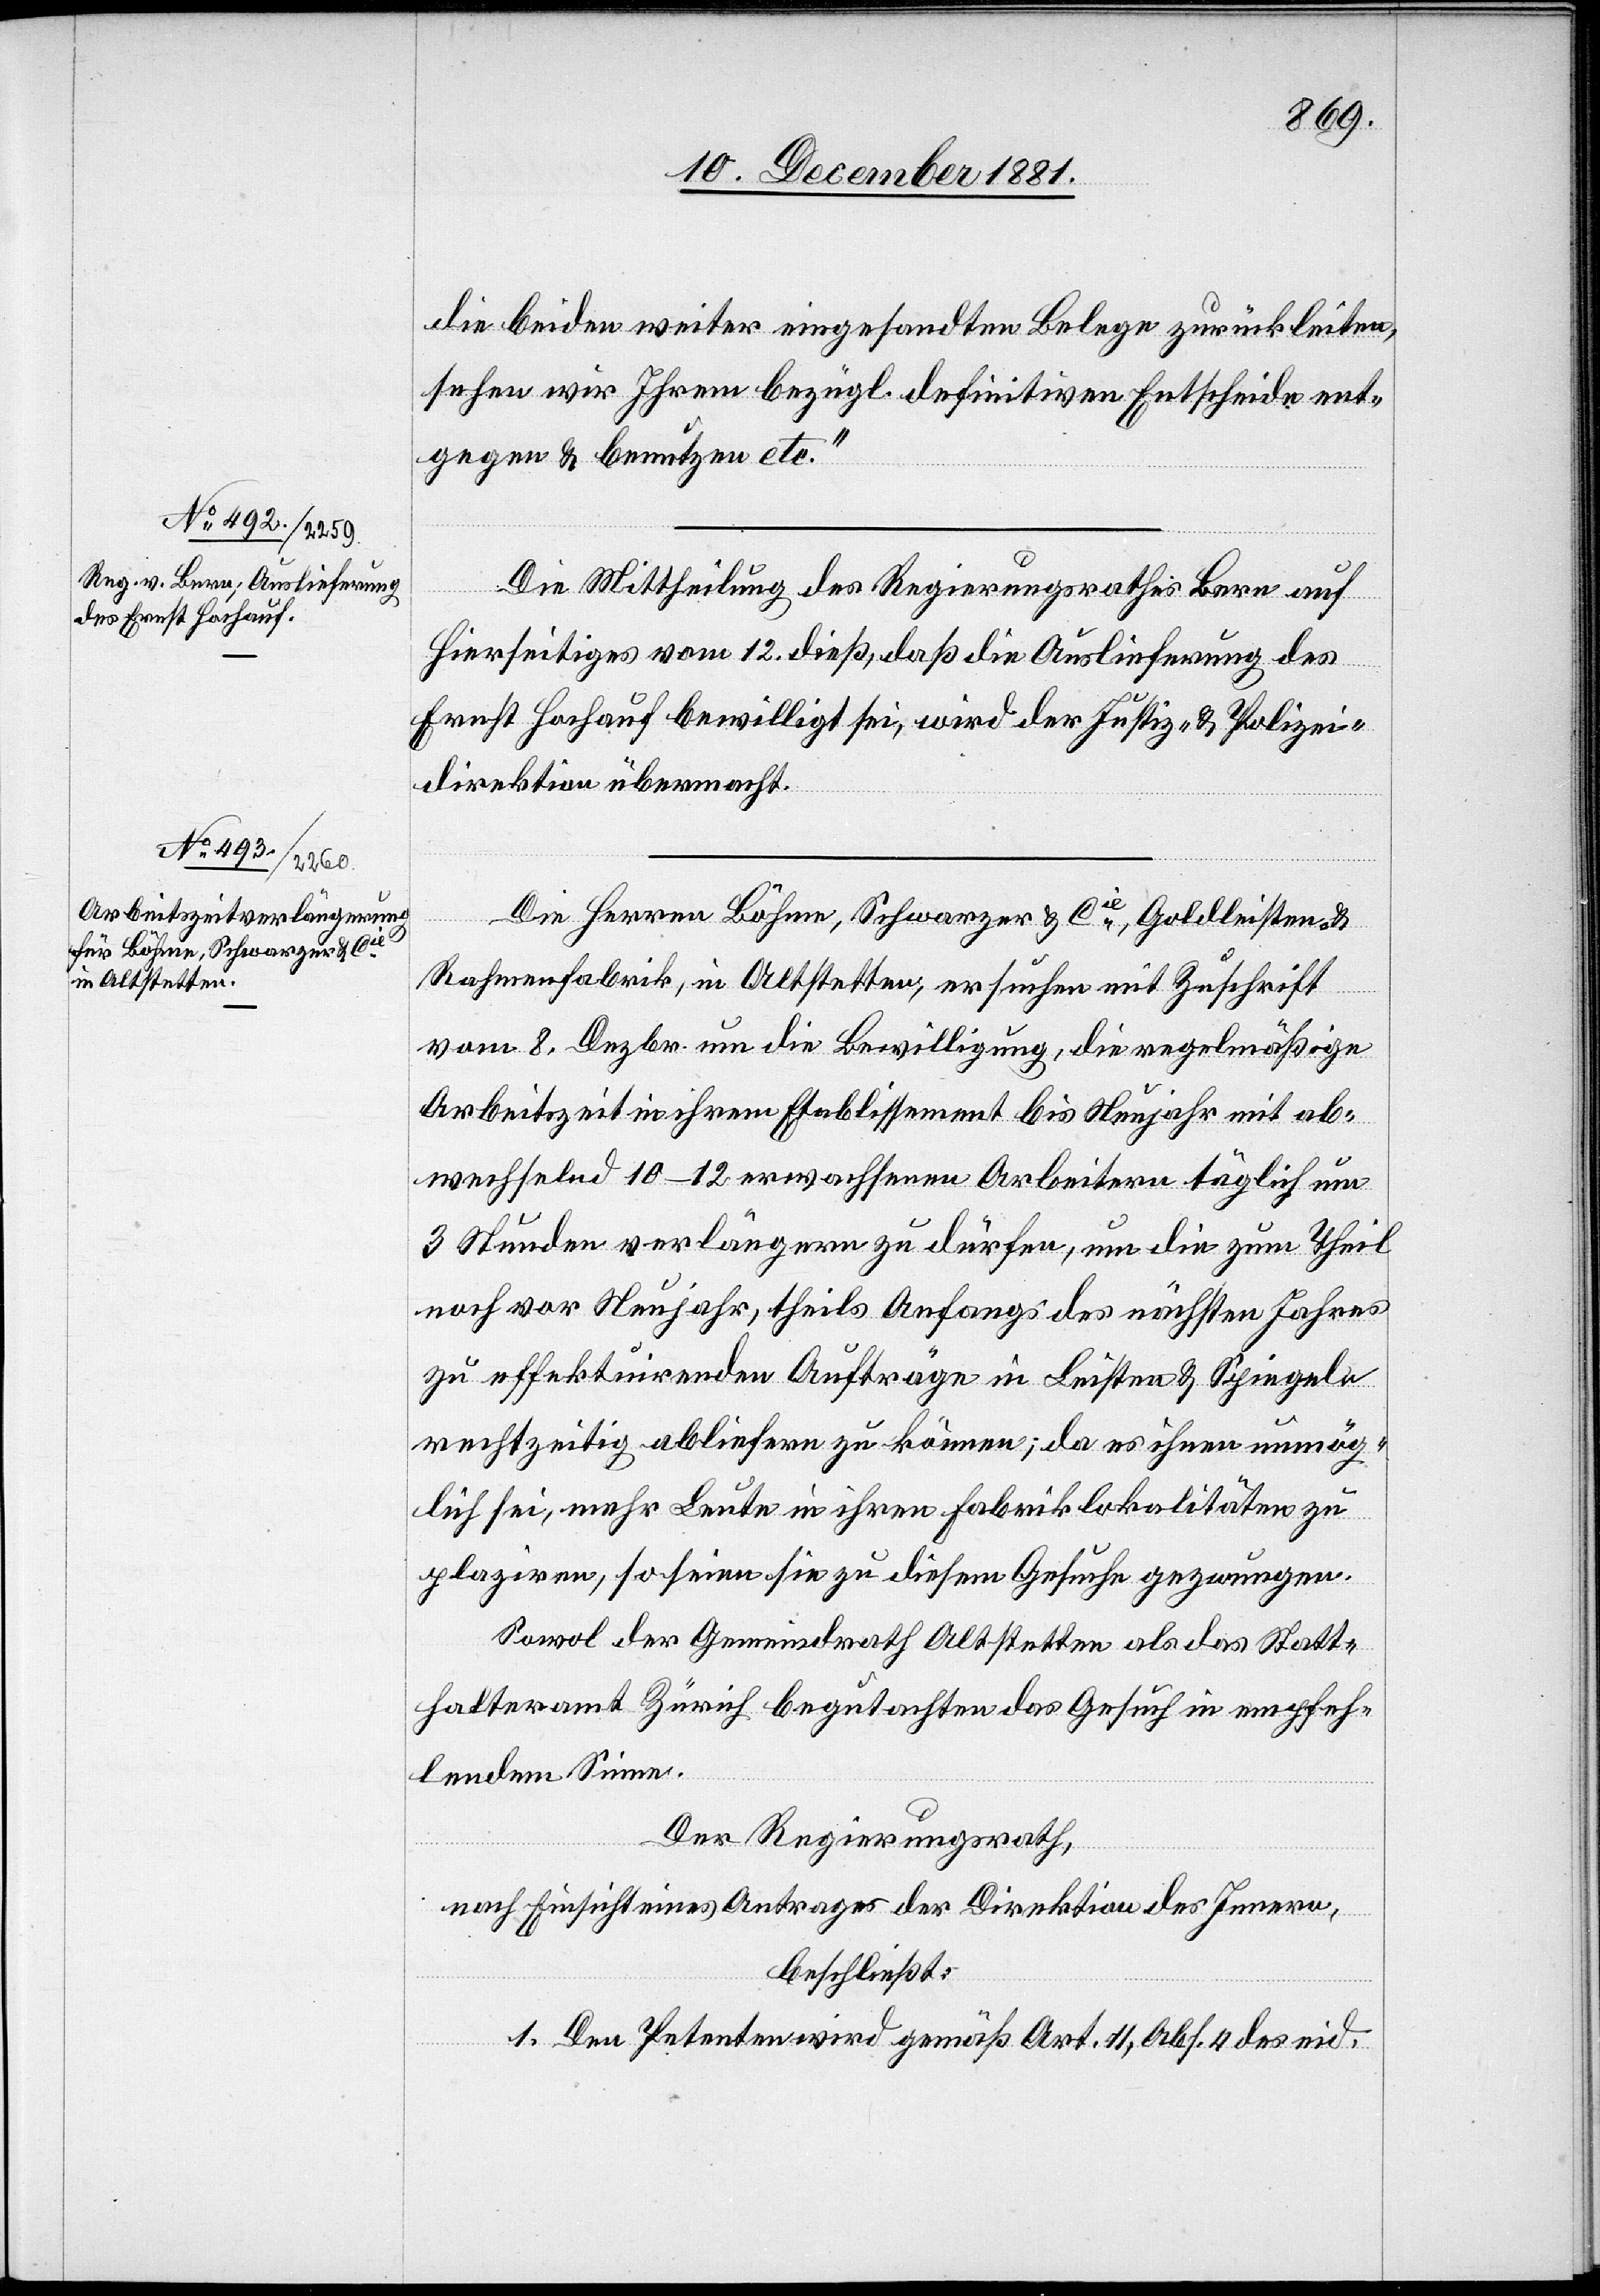
16. December 1881.]
die beiden weiter eingesandten Belege zurückleiten,
sehen wir Ihrem bezügl. definitiven Entscheide ent¬
gegen & benutzen etc.“
Die Mittheilung des Regierungsrathes Bern auf
Hierseitiges vom 12. dieß, daß die Auslieferung des
Ernst Hochauf bewilligt sei, wird der Justiz- & Polizei¬
direktion übermacht.
ngen
Die Herren Böhme, Schwarzer & Cie, Goldleisten- &
Rahmenfabrik, in Altstetten, ersuchen mit Zuschrift
vom 8. Dezbr. um die Bewilligung, die regelmäßige
Arbeitszeit in ihrem Etablissement bis Neujahr mit ab¬
wechselnd 10–12 erwachsenen Arbeitern täglich um
3 Stunden verlängern zu dürfen, um die zum Theil
noch vor Neujahr, theils Anfangs des nächsten Jahres
zu effektuirenden Aufträge in Leisten & Spiegeln
rechtzeitig abliefern zu können; da es ihnen unmög¬
lich sei, mehr Leute in ihren Fabriklokalitäten zu
plaziren, so seien sie zu diesem Gesuche gezwungen.
Sowol der Gemeindrath Altstetten als das Statt¬
halteramt Zürich begutachten das Gesuch in empfeh¬
lendem Sinne.
Der Regierungsrath,
nach Einsicht eines Antrages der Direktion des Innern,
beschließt:
1. Den Petenten wird gemäß Art. 11, Abs. 4 des eid.